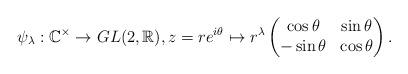
LaTeX: \begin{align*}\psi_\lambda: \mathbb{C}^\times \to GL(2, \mathbb{R}),z=re^{i\theta} \mapsto r^\lambda\begin{pmatrix} \cos \theta & \sin \theta \\ -\sin \theta & \cos \theta \end{pmatrix}.\end{align*}